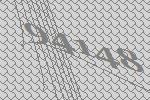
94148